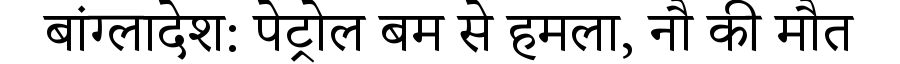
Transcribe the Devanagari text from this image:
बांग्लादेश: पेट्रोल बम से हमला, नौ की मौत